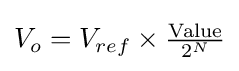
V_{o}=V_{ref}\times {\tfrac {\text{Value}}{2^{N}}}